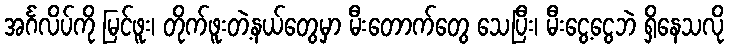
အင်္ဂလိပ်ကို မြင်ဖူး၊ တိုက်ဖူးတဲ့နယ်တွေမှာ မီးတောက်တွေ သေပြီး၊ မီးငွေ့ငွေဘဲ ရှိနေသလို